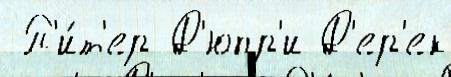
 П'и́т'ер Д'юпр'и Д'ер'ек